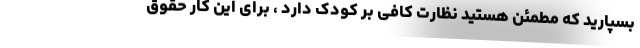
بسپارید که مطمئن هستید نظارت کافی بر کودک دارد ، برای این کار حقوق